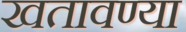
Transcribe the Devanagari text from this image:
खतावण्या